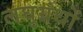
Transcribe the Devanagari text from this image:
लघुग्रंथों